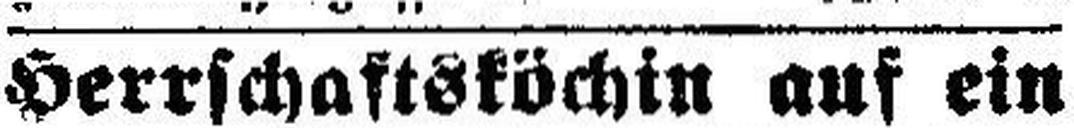
Herrschaftsköchin auf ein